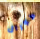
كورال